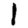
Digit: 1